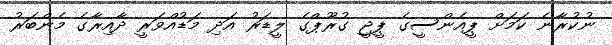
ނުކުރާނެ ކަމަށް ޕީއެންސީގެ ޕީޖީ ގުރޫޕްގެ ލީޑަރު އަދި މަޑުއްވަރީ ދާއިރާގެ މެންބަރު